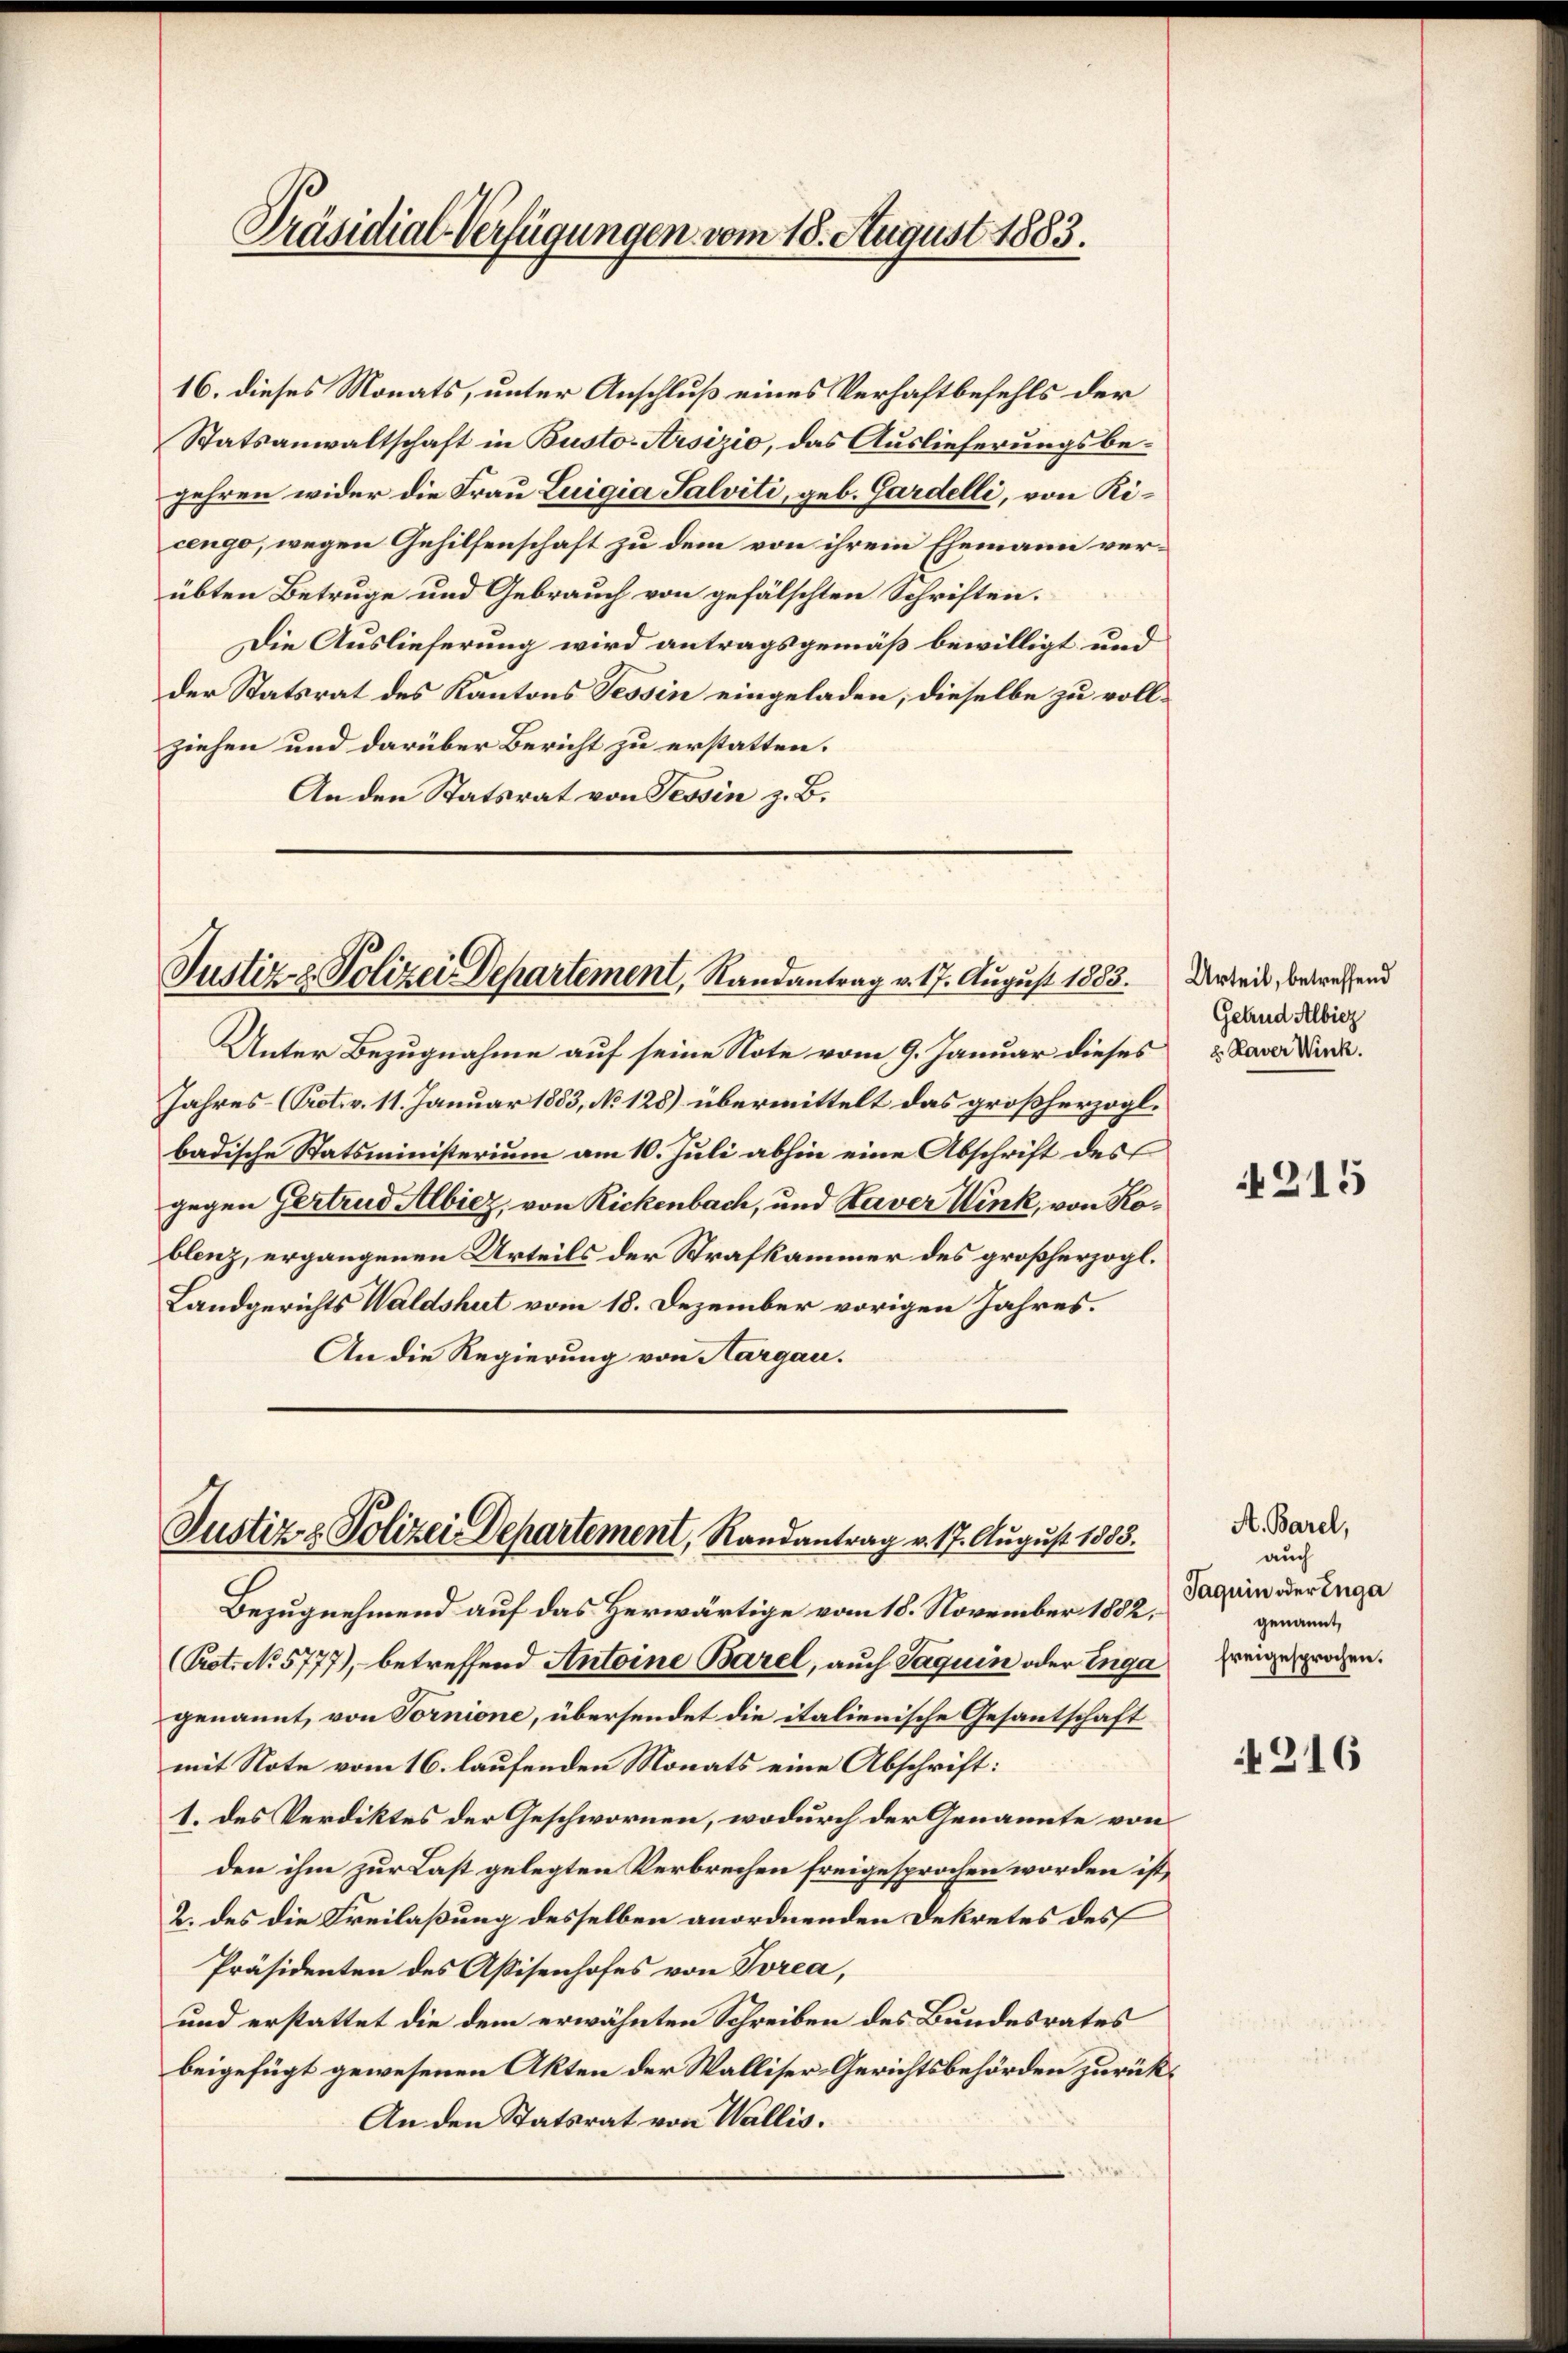
Präsidial-Verfügungen vom 18. August 1883.

16. dieses Monats, unter Anschluß eines Verhaftbefehls der
Statsanwaltschaft in Busto-Arsizio, das Auslieferungsbegehren wider die Frau Luigia Salviti, geb. Gardelli, von Kicengo, wegen Gehilfenschaft zu dem von ihrem Ehemann verübten Betruge und Gebrauch von gefälschten Schriften.
Die Auslieferung wird antragsgemäß bewilligt und
der Statsrat des Kantons Tessin eingeladen, dieselbe zu vollziehen und darüber Bericht zu erstatten.
An den Statsrat von Tessin z. B.

Justiz & Polizei Departement, Randantrag v. 17. August 1883.

Unter Bezugnahme auf seine Note vom 9. Januar dieses
Jahres (Protov. 11. Januar 1883, No 128) übermittelt das großherzogl.
badische Statsministerium am 10. Juli abhin eine Abschrift des
gegen Gertrud Albiez, von Rickenbach, und Laver Wink, von Koblenz, ergangenen Urteils der Strafkammer des großherzogl.
Landgerichts Waldshut vom 18. Dezember vorigen Jahres.
An die Regierung von Aargau.

Justiz & Polizei Departement, Randantrag v. 17. August 1883.

Bezugnehmend auf das Herwärtige vom 18. November 1882,
(Prot. No 5777), betreffend Antoine Barel, auch Jaquin oder Enga
genannt, von Tornione, übersendet die italienische Gesantschaft
mit Note vom 16. laufenden Monats eine Abschrift:
1. des Verdiktes der Geschwornen, wodurch der Genannte von
den ihm zur Last gelegten Verbrechen freigesprochen worden ist,
2. des die Freilaßung desselben anordnenden Dekretes des
Präsidenten des Assisenhofes von Torea,
und erstattet die dem erwähnten Schreiben des Bundesrates
beigefügt gewesenen Akten der Walliser-Gerichtsbehörden zurück¬
An den Statsrat von Wallis.

Urteil, betreffend
Getrud Albicz
2. Kaver Wink.

215

A. Barel,
auch
Jaquin oder Enga
genannt,
freigesprochen.

216